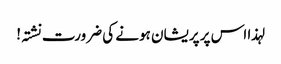
لہذا اس پر پریشان ہونے کی ضرورت نشتہ!